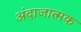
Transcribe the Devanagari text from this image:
अंदाजात्मक